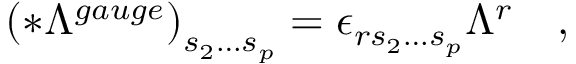
\left( * \Lambda ^ { g a u g e } \right) _ { s _ { 2 } \ldots s _ { p } } = \epsilon _ { r s _ { 2 } \ldots s _ { p } } \Lambda ^ { r } \quad ,